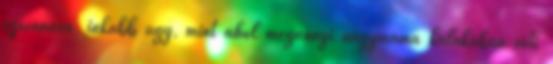
uzsonnára, inkább úgy, mint ahol megannyi nagymama kalákában süti